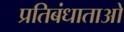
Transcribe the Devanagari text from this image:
प्रतिबंधाताओ